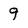
Character: 9